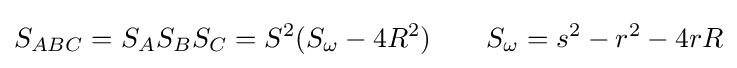
S_{ABC}=S_{A}S_{B}S_{C}=S^{2}(S_{\omega }-4R^{2})\quad \quad S_{\omega }=s^{2}-r^{2}-4rR